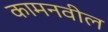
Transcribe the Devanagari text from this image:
कामनवील